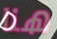
هنا